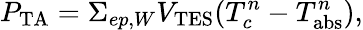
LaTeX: P_{\mathrm{TA}}=\Sigma_{ep,W}V_{\mathrm{TES}}(T_{c}^{n}-T_{\mathrm{abs}}^{n}),